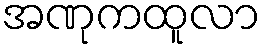
အဏုကထူလာ